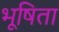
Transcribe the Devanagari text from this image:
भूषिता